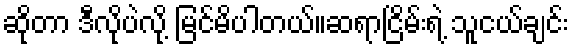
ဆိုတာ ဒီလိုပဲလို့ မြင်မိပါတယ်။ဆရာငြိမ်းရဲ့ သူငယ်ချင်း